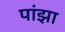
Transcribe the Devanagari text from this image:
पांझा